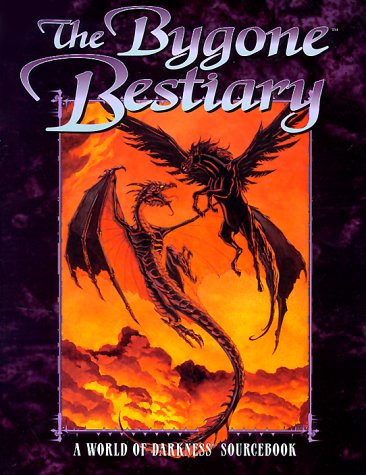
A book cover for The Bygone Bestiary (World of Darkness); Mark Jackson; Science Fiction & Fantasy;